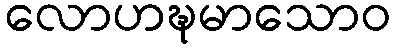
လောဟဍ္ဎမာသောဝ